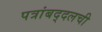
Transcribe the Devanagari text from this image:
पत्रांबद्दलची